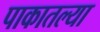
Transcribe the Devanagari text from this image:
पाकातल्या